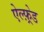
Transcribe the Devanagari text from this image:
ऐल्फ़्रेड